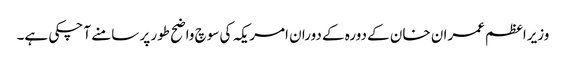
وزیراعظم عمران خان کے دورہ کے دوران امریکہ کی سوچ واضح طور پر سامنے آ چکی ہے۔